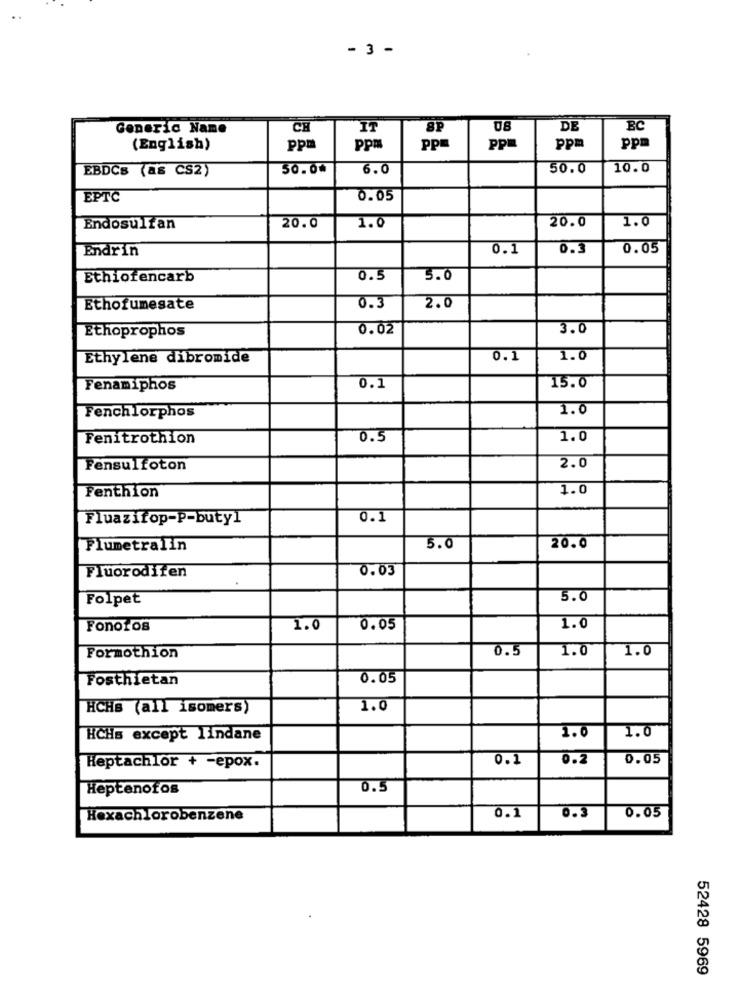
- 3 -
Generic Name
CH
IT
8P
08
DE
BC
(English)
ppm
ppm
ppm
ppm
ppm
ppm
EBDCS (as CS2)
50.00
6.0
50.0
10.0
EPTC
0.05
20.0
1.0
Endosulfan
20.0
1.0
Endrin
0.1
0.3
0.05
Ethiofencarb
0.5
5.0
Ethofumesate
0.3
2.0
0.02
3.0
Ethoprophos
Ethylene dibromide
0.1
1.0
Fenamiphos
0.1
15.0
Fenchlorphos
1.0
Fenitrothion
0.5
1.0
Fensulfoton
2.0
Fenthion
1.0
Fluazitop-P-butyl
0.1
20.0
Flumetralin
5.0
Fluorodifen
0.03
Folpet
5.0
Fonoros
1.0
0.05
1.0
0.5
1.0
1.0
Formothion
Fosthietan
0.05
HCHs (all isomers)
1.0
1.0
1.0
HCHs except lindane
0.1
0.2
0.05
Heptachlor + -epox.
Heptenofos
0.5
0.1
0.05
Hexachlorobenzene
0.3
52428 5969